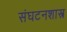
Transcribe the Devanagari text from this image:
संघटनशास्त्र